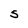
Character: S